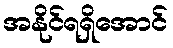
အနိုင်ရရှိအောင်